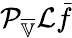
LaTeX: \mathcal{P}_{\overline{{\mathbb{V}}}}\mathcal{L}\bar{f}